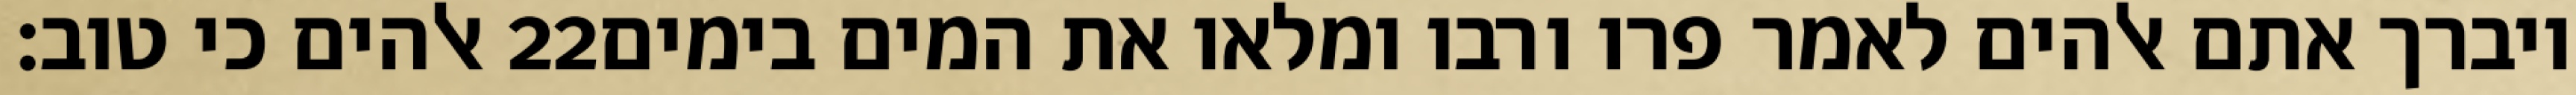
אלהים כי טוב׃ ‎22‏ ויברך אתם אלהים לאמר פרו ורבו ומלאו את המים בימים